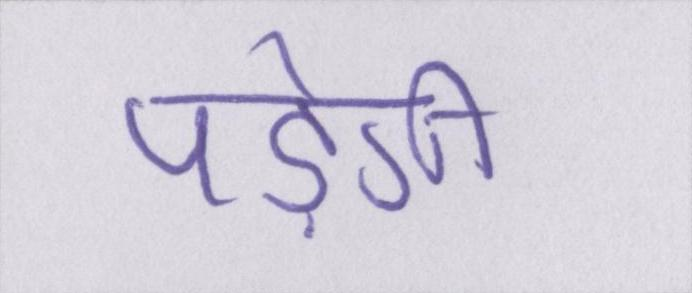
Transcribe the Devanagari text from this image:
पड़ेगी